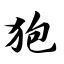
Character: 狍